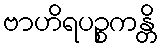
ဗာဟိရပဉ္စကန္တိ